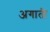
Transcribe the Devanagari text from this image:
अगाती